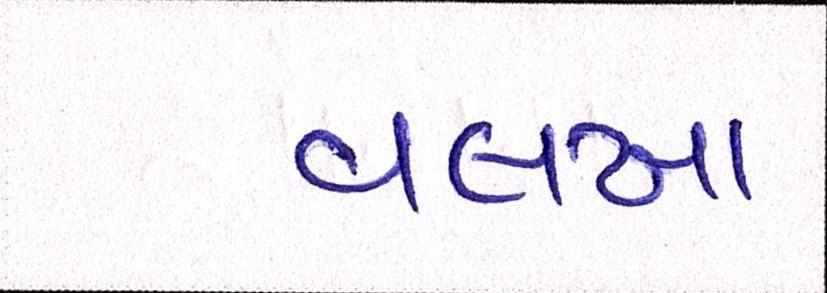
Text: વલખા